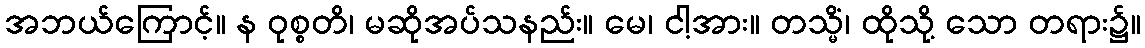
အဘယ်ကြောင့်။ န ဝုစ္စတိ၊ မဆိုအပ်သနည်း။ မေ၊ ငါ့အား။ တသ္မိံ၊ ထိုသို့ သော တရား၌။